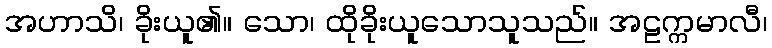
အဟာသိ၊ ခိုးယူ၏။ သော၊ ထိုခိုးယူသောသူသည်။ အဠက္ကမာလီ၊